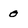
Character: 0